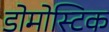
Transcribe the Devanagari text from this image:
डोमोस्टिक